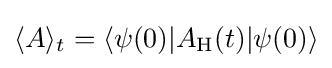
\langle A\rangle _{t}=\langle \psi (0)|A_{\rm {H}}(t)|\psi (0)\rangle